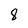
Character: 8